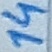
Text: 14